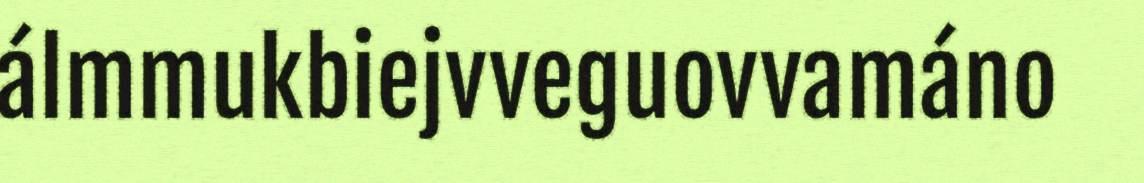
álmmukbiejvveguovvamáno